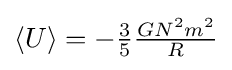
{\textstyle \langle U\rangle =-{\frac {3}{5}}{\frac {GN^{2}m^{2}}{R}}}